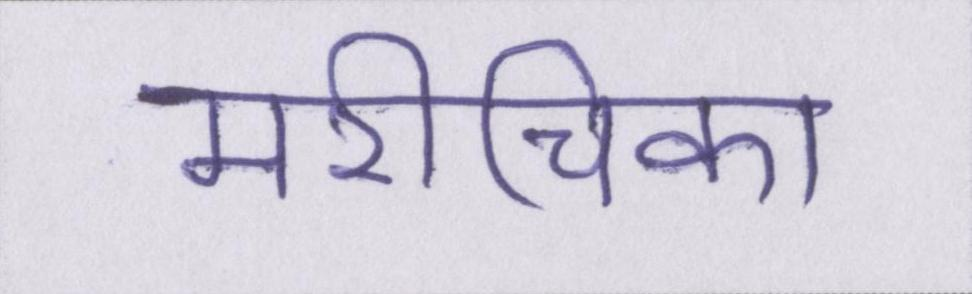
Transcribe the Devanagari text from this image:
मरीचिका